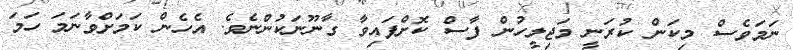
ނަމަވެސް މިކަން ކުރަނީ މަޖިލީހުން ފާސް ކޮށްފައިވާ ގާނޫނަކުންނެވެ. އެހެން ކަމަށްވާނަމަ ހަމަ